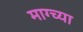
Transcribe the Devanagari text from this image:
माग्च्या